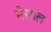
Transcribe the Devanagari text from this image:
मेर्राल